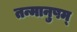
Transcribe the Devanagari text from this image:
तन्मानुषम्